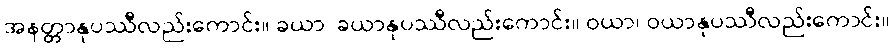
အနတ္တာနုပဿီလည်းကောင်း။ ခယာ၊ ခယာနုပဿီလည်းကောင်း။ ဝယာ၊ ဝယာနုပဿီလည်းကောင်း။